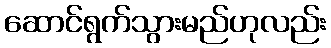
ဆောင်ရွက်သွားမည်ဟုလည်း